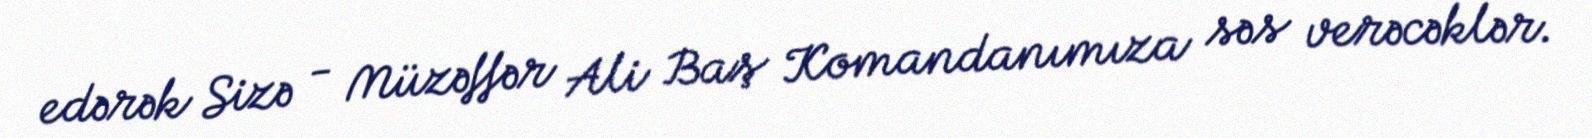
edərək Sizə - Müzəffər Ali Baş Komandanımıza səs verəcəklər.